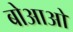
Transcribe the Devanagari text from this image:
बोआओ